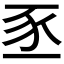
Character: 𫎅